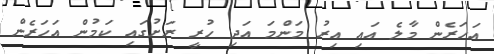
އަހަރެން މާލެ އައި އިރު މަންމަ އަދި ހުރީ ރަށުގައި ކަމުން އަހަރެން